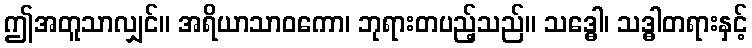
ဤအတူသာလျှင်။ အရိယာသာဝကော၊ ဘုရားတပည့်သည်။ သဒ္ဓေါ၊ သဒ္ဓါတရားနှင့်